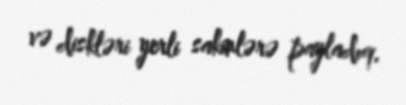
və diskləri yerli sakinlərə payladıq.